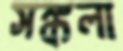
সঙ্কলা